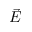
\Vec { E }